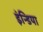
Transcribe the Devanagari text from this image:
इंन्डिया